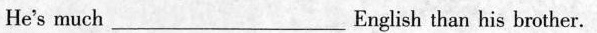
He's much ___English than his brother.